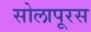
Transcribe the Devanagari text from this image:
सोलापूरस